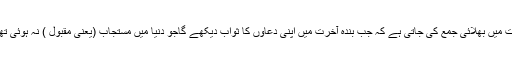
یا (۳) اُس کے لئے آخِرت میں بَھلائی جمع کی جاتی ہے کہ جب بندہ آخِرت میں اپنی دُعاؤں کا ثواب دیکھے گاجو دُنیا میں مُسْتَجاب (یعنی مَقبول ) نہ ہوئی تھیں تمنّا کرے گا، کاش !